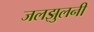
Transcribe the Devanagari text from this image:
जलझुलनी